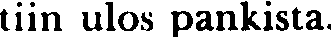
tiin ulos pankista.